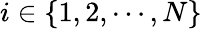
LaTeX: i\in\{ 1,2,\cdots,N\}